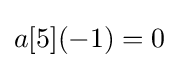
a[5](-1)=0